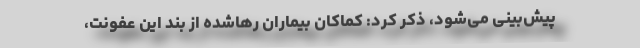
پیش‌بینی می‌شود، ذکر کرد: کماکان بیماران رهاشده از بند این عفونت،